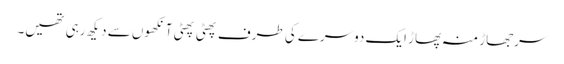
سرجھاڑ منہ پھاڑ ایک دوسرے کی طرف پھٹی پھٹی آنکھوں سے دیکھ رہی تھیں۔